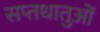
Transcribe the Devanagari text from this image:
सप्तधातुओं